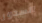
الصدور